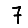
Digit: 7